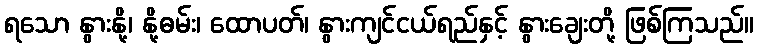
ရသော နွားနို့၊ နို့ဓမ်း၊ ထောပတ်၊ နွားကျင်ငယ်ရည်နှင့် နွားချေးတို့ ဖြစ်ကြသည်။